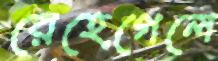
রেহেগেলে